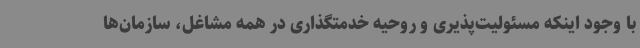
با وجود اینکه مسئولیت‌پذیری و روحیه خدمتگذاری در همه مشاغل، سازمان‌ها